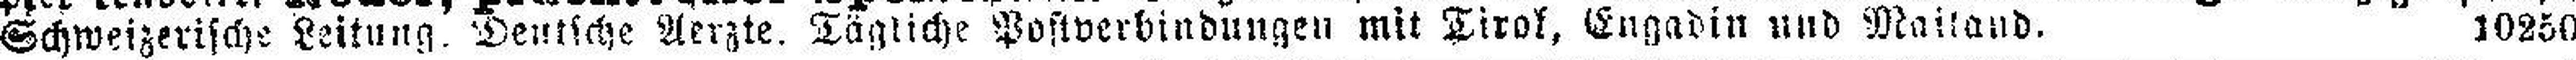
Schweizerische Leitung. Deutsche Aerzte. Tägliche Postverbindungen mit Tirol, Engadin und Mailand. 10250